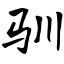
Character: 驯